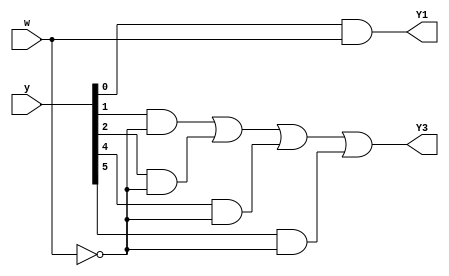
module top_module (
    input [5:0] y,
    input w,
    output Y1,
    output Y3
);
    parameter A = 6'b000001, B = 6'b000010, C = 6'b000100;
    parameter D = 6'b001000, E = 6'b010000, F = 6'b100000;
    
    wire [5:0] Y;
    
    always@(*)begin
        case(y)
            A:             Y = w ? B : A;
            B:             Y = w ? C : D;
            C:             Y = w ? E : D;
            D:             Y = w ? F : A;
            E:             Y = w ? E : D; 
            F:             Y = w ? C : D;
            default:       Y = A;
        endcase
    end
    
    assign Y1=y[0]&w;
    assign Y3=y[1]&~w | y[2]&~w | y[4]&~w |y[5] &~w;

endmodule